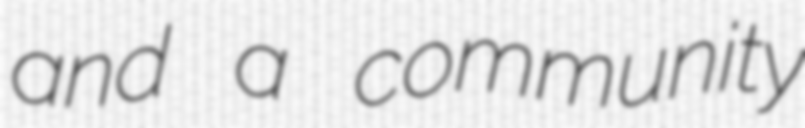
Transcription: and a community